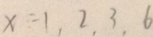
x = 1 , 2 , 3 , 6